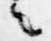
々